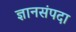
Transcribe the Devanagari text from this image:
ज्ञानसंपदा